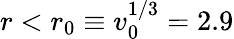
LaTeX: r<r_{0}\equiv v_{0}^{1/3}=2.9